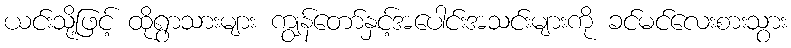
ယင်းသို့ဖြင့် ထိုရွာသားများ ကျွန်တော်နှင့်အပေါင်းအသင်းများကို ခင်မင်လေးစားသွား